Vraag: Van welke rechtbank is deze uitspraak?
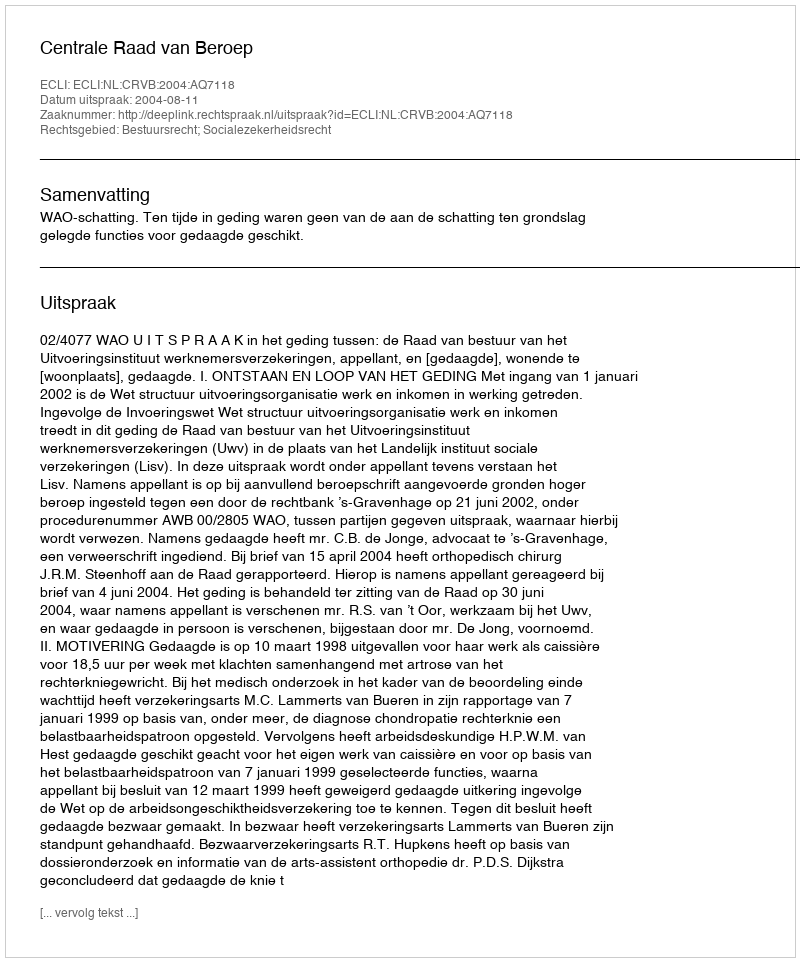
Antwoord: Centrale Raad van Beroep